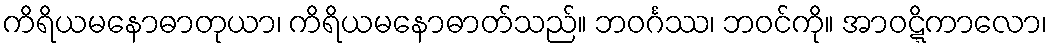
ကိရိယမနောဓာတုယာ၊ ကိရိယမနောဓာတ်သည်။ ဘဝင်္ဂဿ၊ ဘဝင်ကို။ အာဝဋ္ဋိကာလော၊